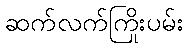
ဆက်လက်ကြိုးပမ်း